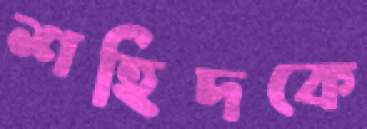
শহিদকে